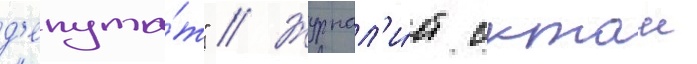
д'епута́т" // Журнал'и́ст октаи